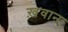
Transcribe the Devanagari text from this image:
ख़वान